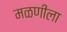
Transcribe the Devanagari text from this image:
मळणीला